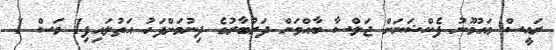
ރައީސް މައުމޫނު ފެކްޝަނަށް ޖަލްސާ ބާއްވަން ދަރުބާރުގެ ދިނުމަށްފަހު އަތުލައިފި1 މަސް 1